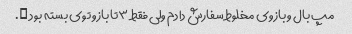
مپ بال و بازوی مخلوط سفارش دادم ولی فقط ۳تا بازو توی بسته بود ….